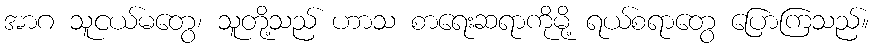
အာဂ သူငယ်မတွေ၊ သူတို့သည် ဟာသ စာရေးဆရာကိုမို့ ရယ်စရာတွေ ပြောကြသည်။